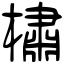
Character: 橚